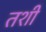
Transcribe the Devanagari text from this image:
तशीं